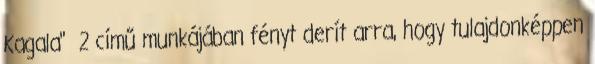
Kagala" 2 című munkájában fényt derít arra, hogy tulajdonképpen